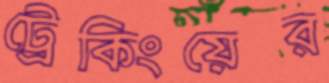
ট্রেকিংয়ের